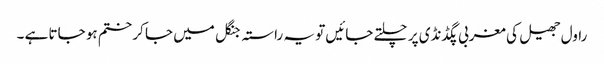
راول جھیل کی مغربی پگڈنڈی پر چلتے جائیں تو یہ راستہ جنگل میں جا کر ختم ہو جاتا ہے ۔